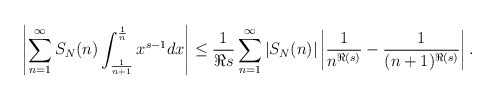
\begin{align*}\left|\sum_{n=1}^{\infty} S_N(n) \int_{\frac{1}{n+1}}^{\frac{1}{n}} x^{s-1} dx\right| \leq \frac{1}{\Re s} \sum_{n=1}^{\infty} \left|S_N(n)\right| \left|\frac{1}{n^{\Re(s)}}-\frac{1}{(n+1)^{\Re(s)}}\right| .\end{align*}